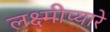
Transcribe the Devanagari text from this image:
लक्ष्मीप्यारे